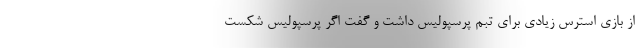
از بازی استرس زیادی برای تبم پرسپولیس داشت و گفت اگر پرسپولیس شکست